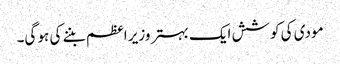
مودی کی کوشش ایک بہتر وزیر اعظم بننے کی ہو گی۔